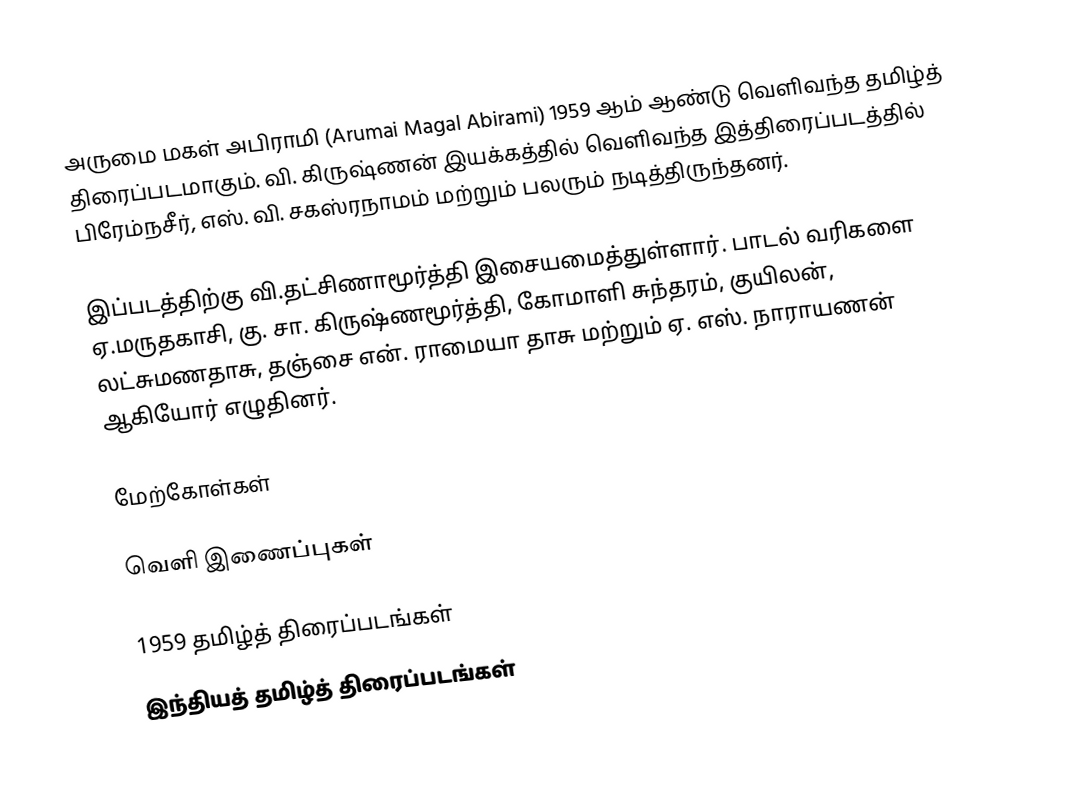
அருமை மகள் அபிராமி (Arumai Magal Abirami) 1959 ஆம் ஆண்டு வெளிவந்த தமிழ்த் திரைப்படமாகும். வி. கிருஷ்ணன் இயக்கத்தில் வெளிவந்த இத்திரைப்படத்தில் பிரேம்நசீர், எஸ். வி. சகஸ்ரநாமம் மற்றும் பலரும் நடித்திருந்தனர்.

இப்படத்திற்கு வி.தட்சிணாமூர்த்தி இசையமைத்துள்ளார். பாடல் வரிகளை ஏ.மருதகாசி, கு. சா. கிருஷ்ணமூர்த்தி, கோமாளி சுந்தரம், குயிலன், லட்சுமணதாசு, தஞ்சை என். ராமையா தாசு மற்றும் ஏ. எஸ். நாராயணன் ஆகியோர் எழுதினர்.

மேற்கோள்கள்

வெளி இணைப்புகள்

1959 தமிழ்த் திரைப்படங்கள்
இந்தியத் தமிழ்த் திரைப்படங்கள்